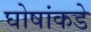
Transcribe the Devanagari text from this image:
घोषांकडे